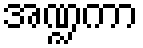
အဏ္ဍကာ